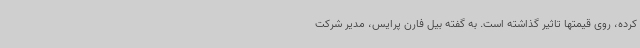
کرده، روی قیمتها تاثیر گذاشته است. به گفته بیل فارن پرایس، مدیر شرکت